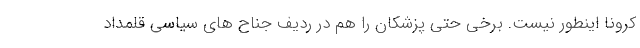
کرونا اینطور نیست. برخی حتی پزشکان را هم در ردیف جناح های سیاسی قلمداد